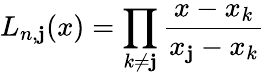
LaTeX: L_{n,\mathbf{j}}(x)=\prod_{k\neq\mathbf{j}}{\frac{{x-x_{k}}}{{x_{\mathbf{j}}-x_{k}}}}